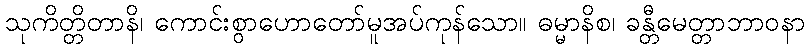
သုကိတ္တိတာနိ၊ ကောင်းစွာဟောတော်မူအပ်ကုန်သော။ ဓမ္မာနိစ၊ ခန္တီမေတ္တာဘာဝနာ